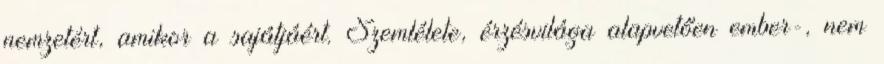
nemzetért, amikor a sajátjáért. Szemlélete, érzésvilága alapvetően ember-, nem